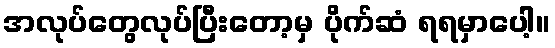
အလုပ်တွေလုပ်ပြီးတော့မှ ပိုက်ဆံ ရရမှာပေါ့။